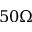
5 0 \Omega